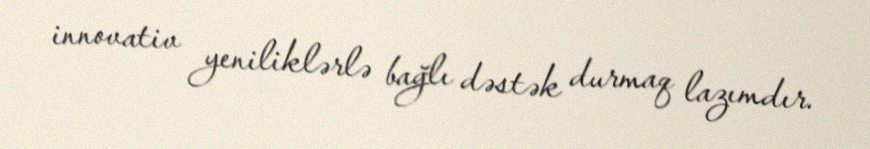
innovativ yeniliklərlə bağlı dəstək durmaq lazımdır.